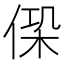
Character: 𠋕